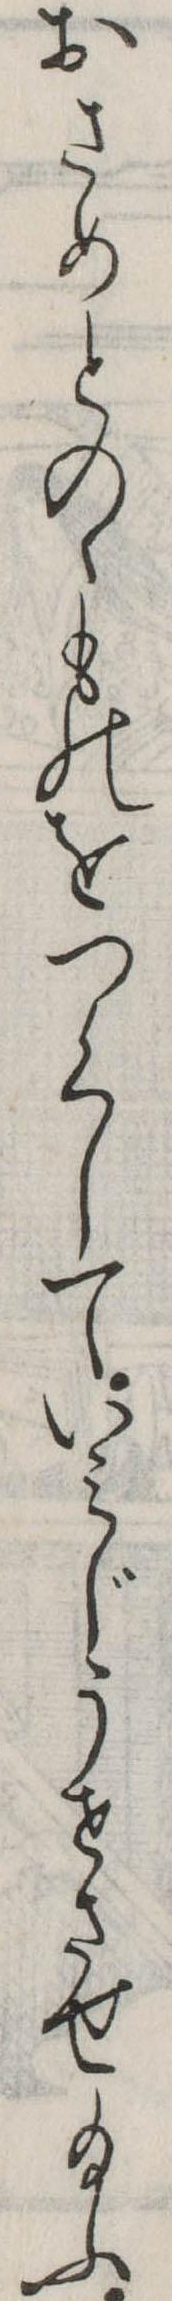
おさめとのゝものをつくしていみじうせさせ給ふ